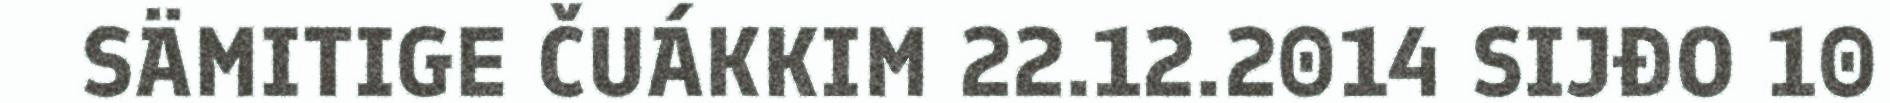
SÄMITIGE ČUÁKKIM 22.12.2014 SIJĐO 10